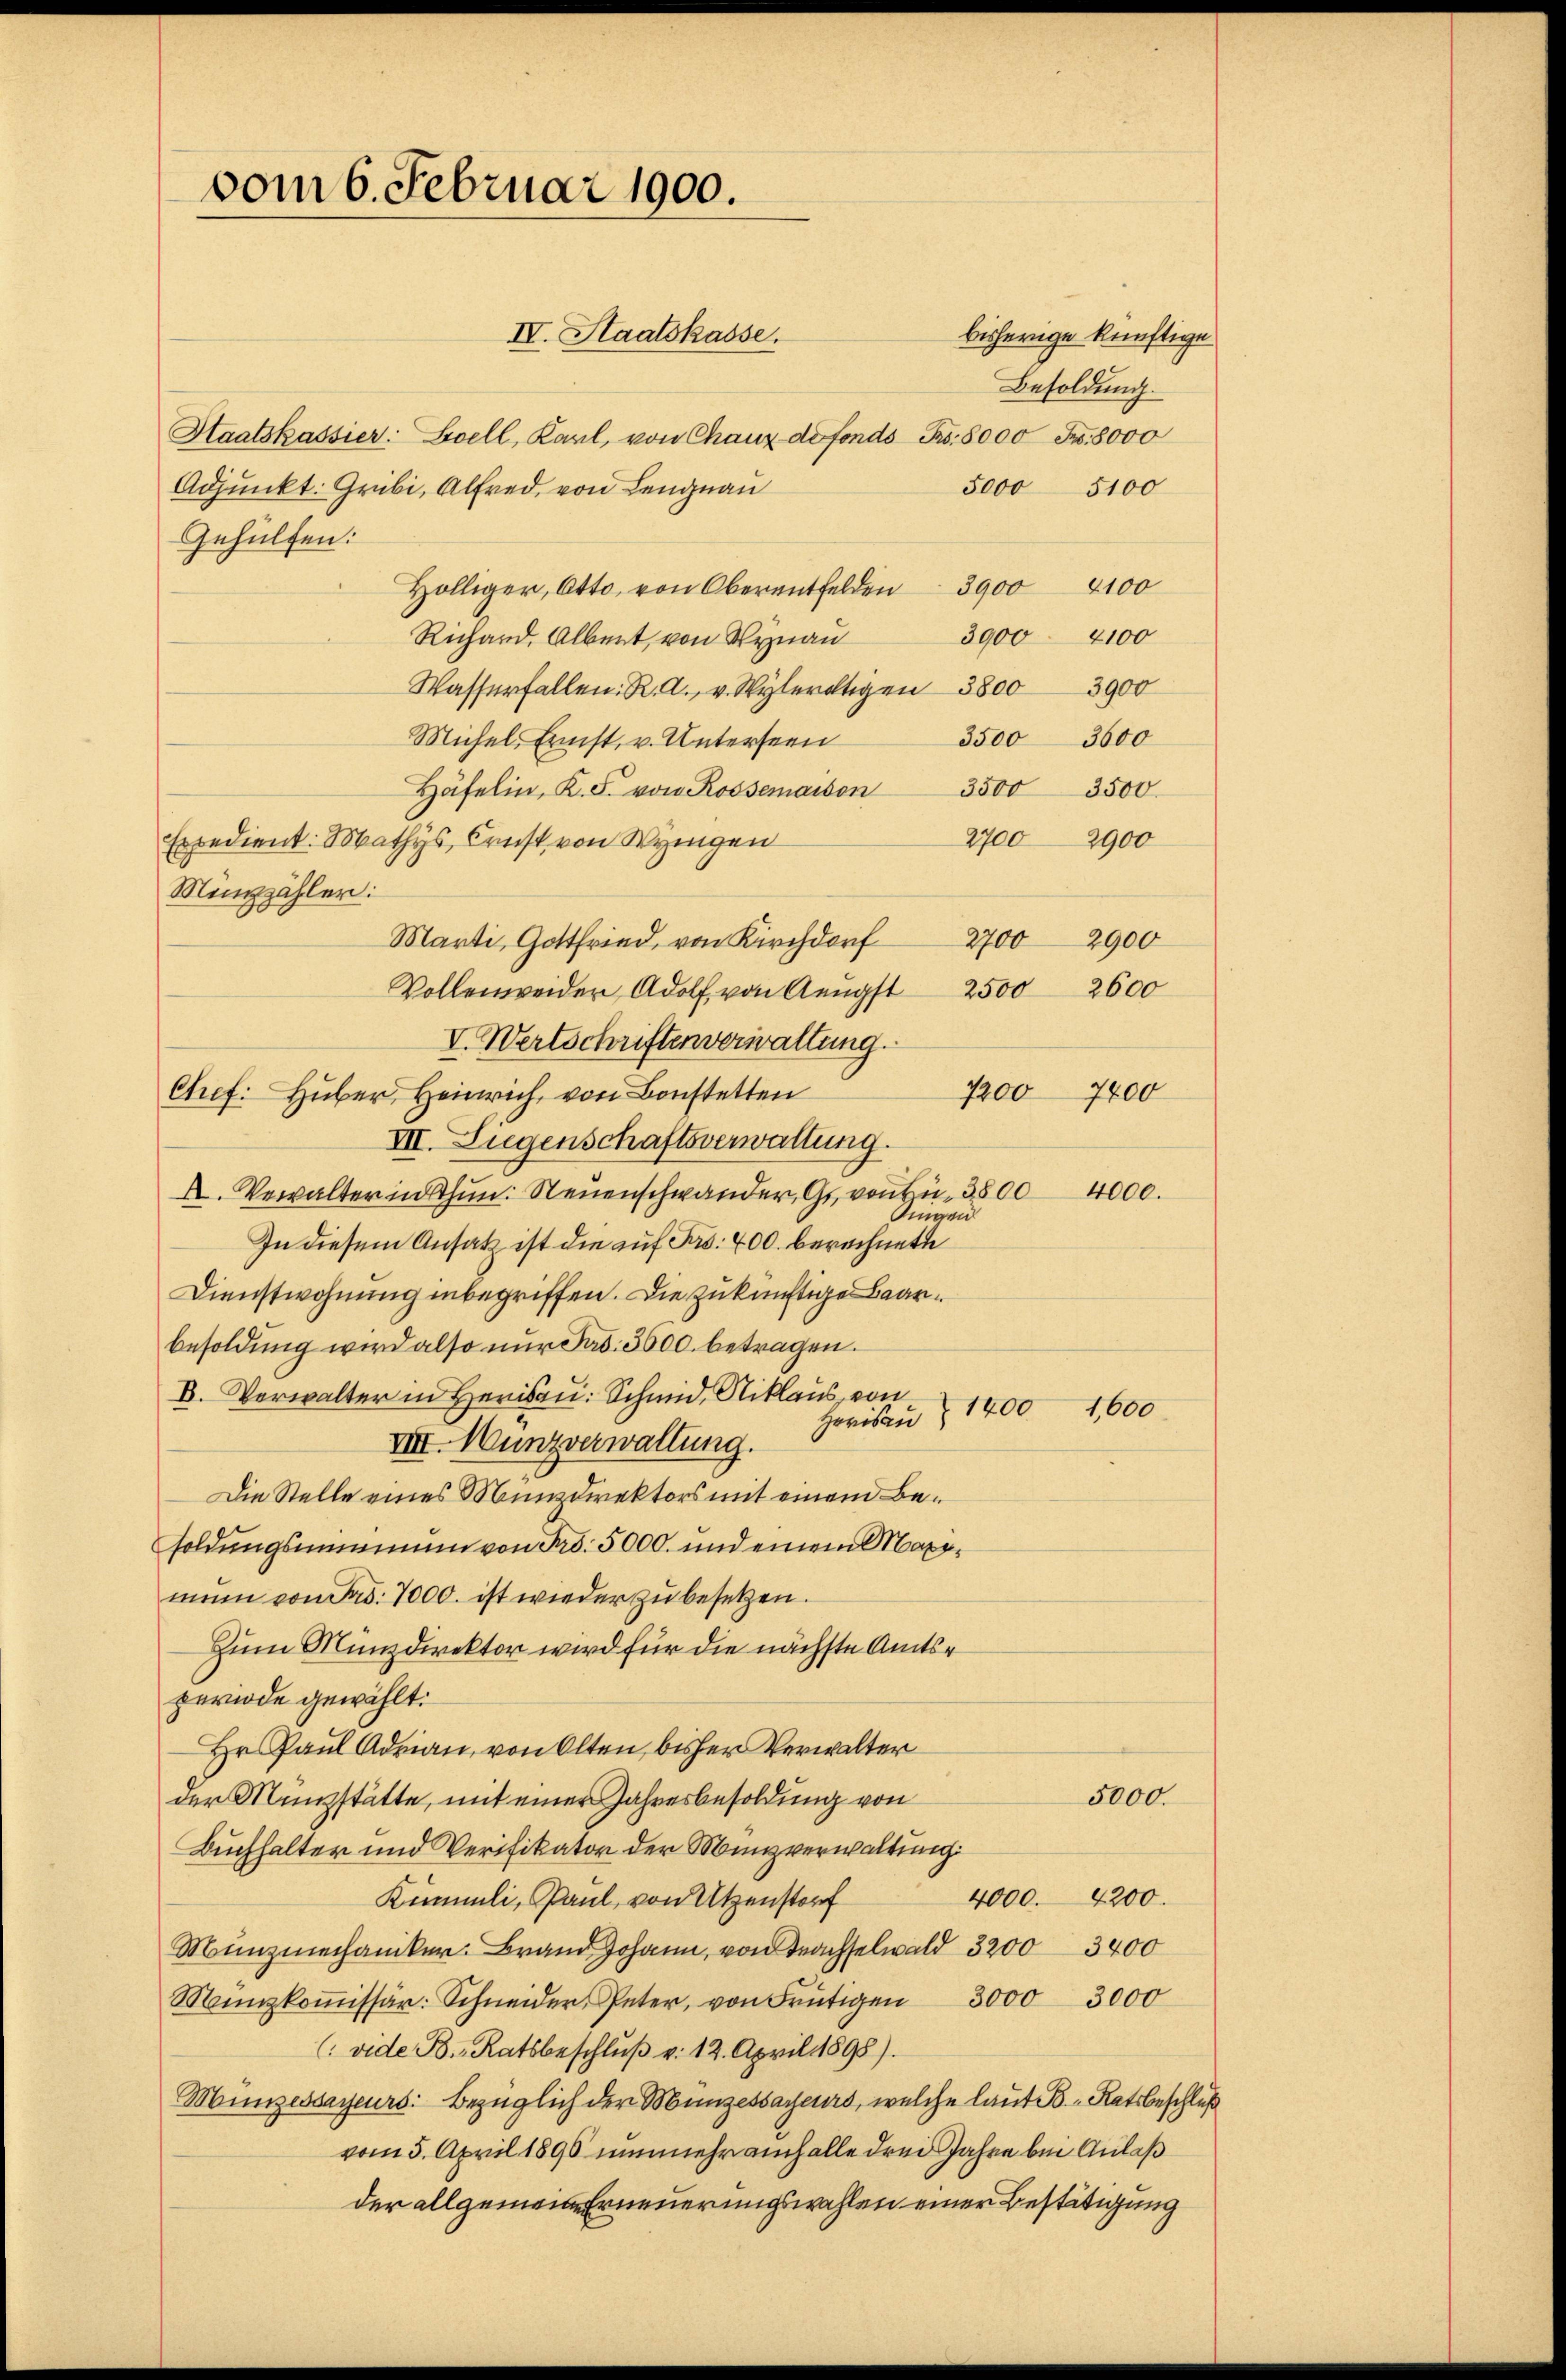
vom 6. Februar 1900.

IV. Staatskasse.
Staatskassier: Zoell, Karl, von Chaux de fonds Fr. 8000 Fr. 8000
5,000 5100
Adjunkt: Grubi, Alfred, von Lengnau
Gehülfen:
Hölliger, Otto, von Oberentfelden 3900 4100
3900 4100
Richard. Albert, von Wynau
Wasserfallen. K. A. v. Wylertigen 38003900
3500 3600
Michels Ernst, v. Unterseen
3500.
Häfelin, K. F. von Rossemaison 3500
2700 2900
Expedient. Mathys, Ernst, von Weigen
Meizzähler:
Marti, Gottfried, von Kirchdorf 27002900
2600
Vollenweider Adolf, von Aeugst
2500
V. Wertschriftenverwaltung.
7200
7800
Ctief. Huber, Heinrich, von Bonstetten
VII. Liegenschaftsverwaltung.
4000.
A. Verwalter in thun. Neuenschwander, G. von u. 3800
Dingen
In diesem Ansatz ist die auf Fr. 400. berechnete
Dienstwohnung inbegriffen. Die zukünftige Baarbesoldung wird also nur dad. 3600. betragen.
B. Verwalter in Herisau. Schmid, Niklaus, von
1400 1,600
Herisau
VIII. Nunzverwaltung.
Die Stelle eines Münzdirektors mit einem Besoldungsummann von Fr. 5000. und einem Maximum von Fr. 7000. ist wieder zu besetzen.
Zum Münzdirektor wird für die nächste Amtsperiode gewählt.
Hr. Paul Adrian, von Olten, bisher Verwalter
5000.
der Münzstätte, mit einer Jahresbesoldung von
Buchhalter und Verifikator der Manzverwaltung
4000. 4200.
Kümmli, Paul, von Utzenstorf
Münzmechaniker. Brand Johann, von Trachselwald 3200 3400
Münzkoṁissär: Schneider, Peter, von Frütigen 3000 3000
(vide B. Ratsbeschlŭβ v. 12. April 1895).
Münzessayeurs: Bezüglich der Münzessayeurs, welche laut Ratsbeschluß
vom 5. April 1890 nunmehr auch alle drei Jahre bei Anlaß
der allgem Erneuerungswahlen einer Bestätigung

bisherige künftige
Besoldung.